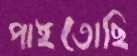
পাইতোছি